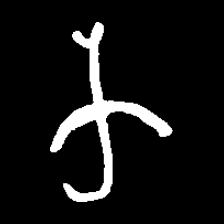
Pyu character \u2014 Myanmar letter: က (romanized: ka)